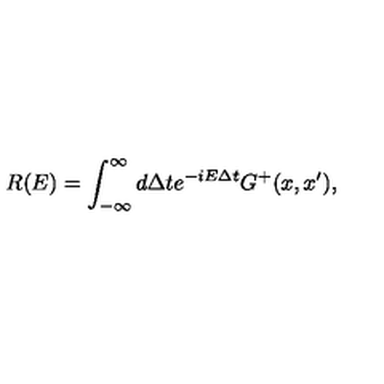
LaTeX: R ( E ) = \int _ { - \infty } ^ { \infty } d \Delta t e ^ { - i E \Delta t } G ^ { + } ( x , x ^ { \prime } ) ,